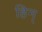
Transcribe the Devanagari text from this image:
हिन्